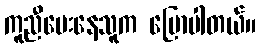
ကူညီပေးနေသူက ပြောပါတယ်။